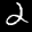
Label: 2